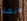
انها